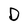
Character: D